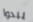
يبدوا